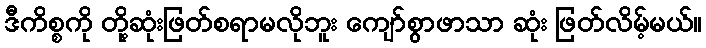
ဒီကိစ္စကို တို့ဆုံးဖြတ်စရာမလိုဘူး ကျော်စွာဖာသာ ဆုံး ဖြတ်လိမ့်မယ်။